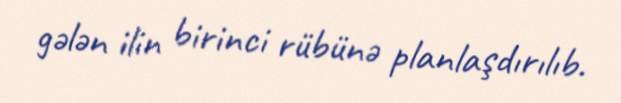
gələn ilin birinci rübünə planlaşdırılıb.